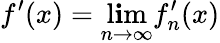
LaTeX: f^{\prime}(x)=\operatorname*{l\mathbf{i}m}_{n\to\infty}f_{n}^{\prime}(x)